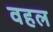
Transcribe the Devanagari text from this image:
वहल